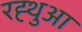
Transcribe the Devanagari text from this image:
रह्थुआ